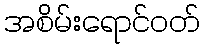
အစိမ်းရောင်ဝတ်